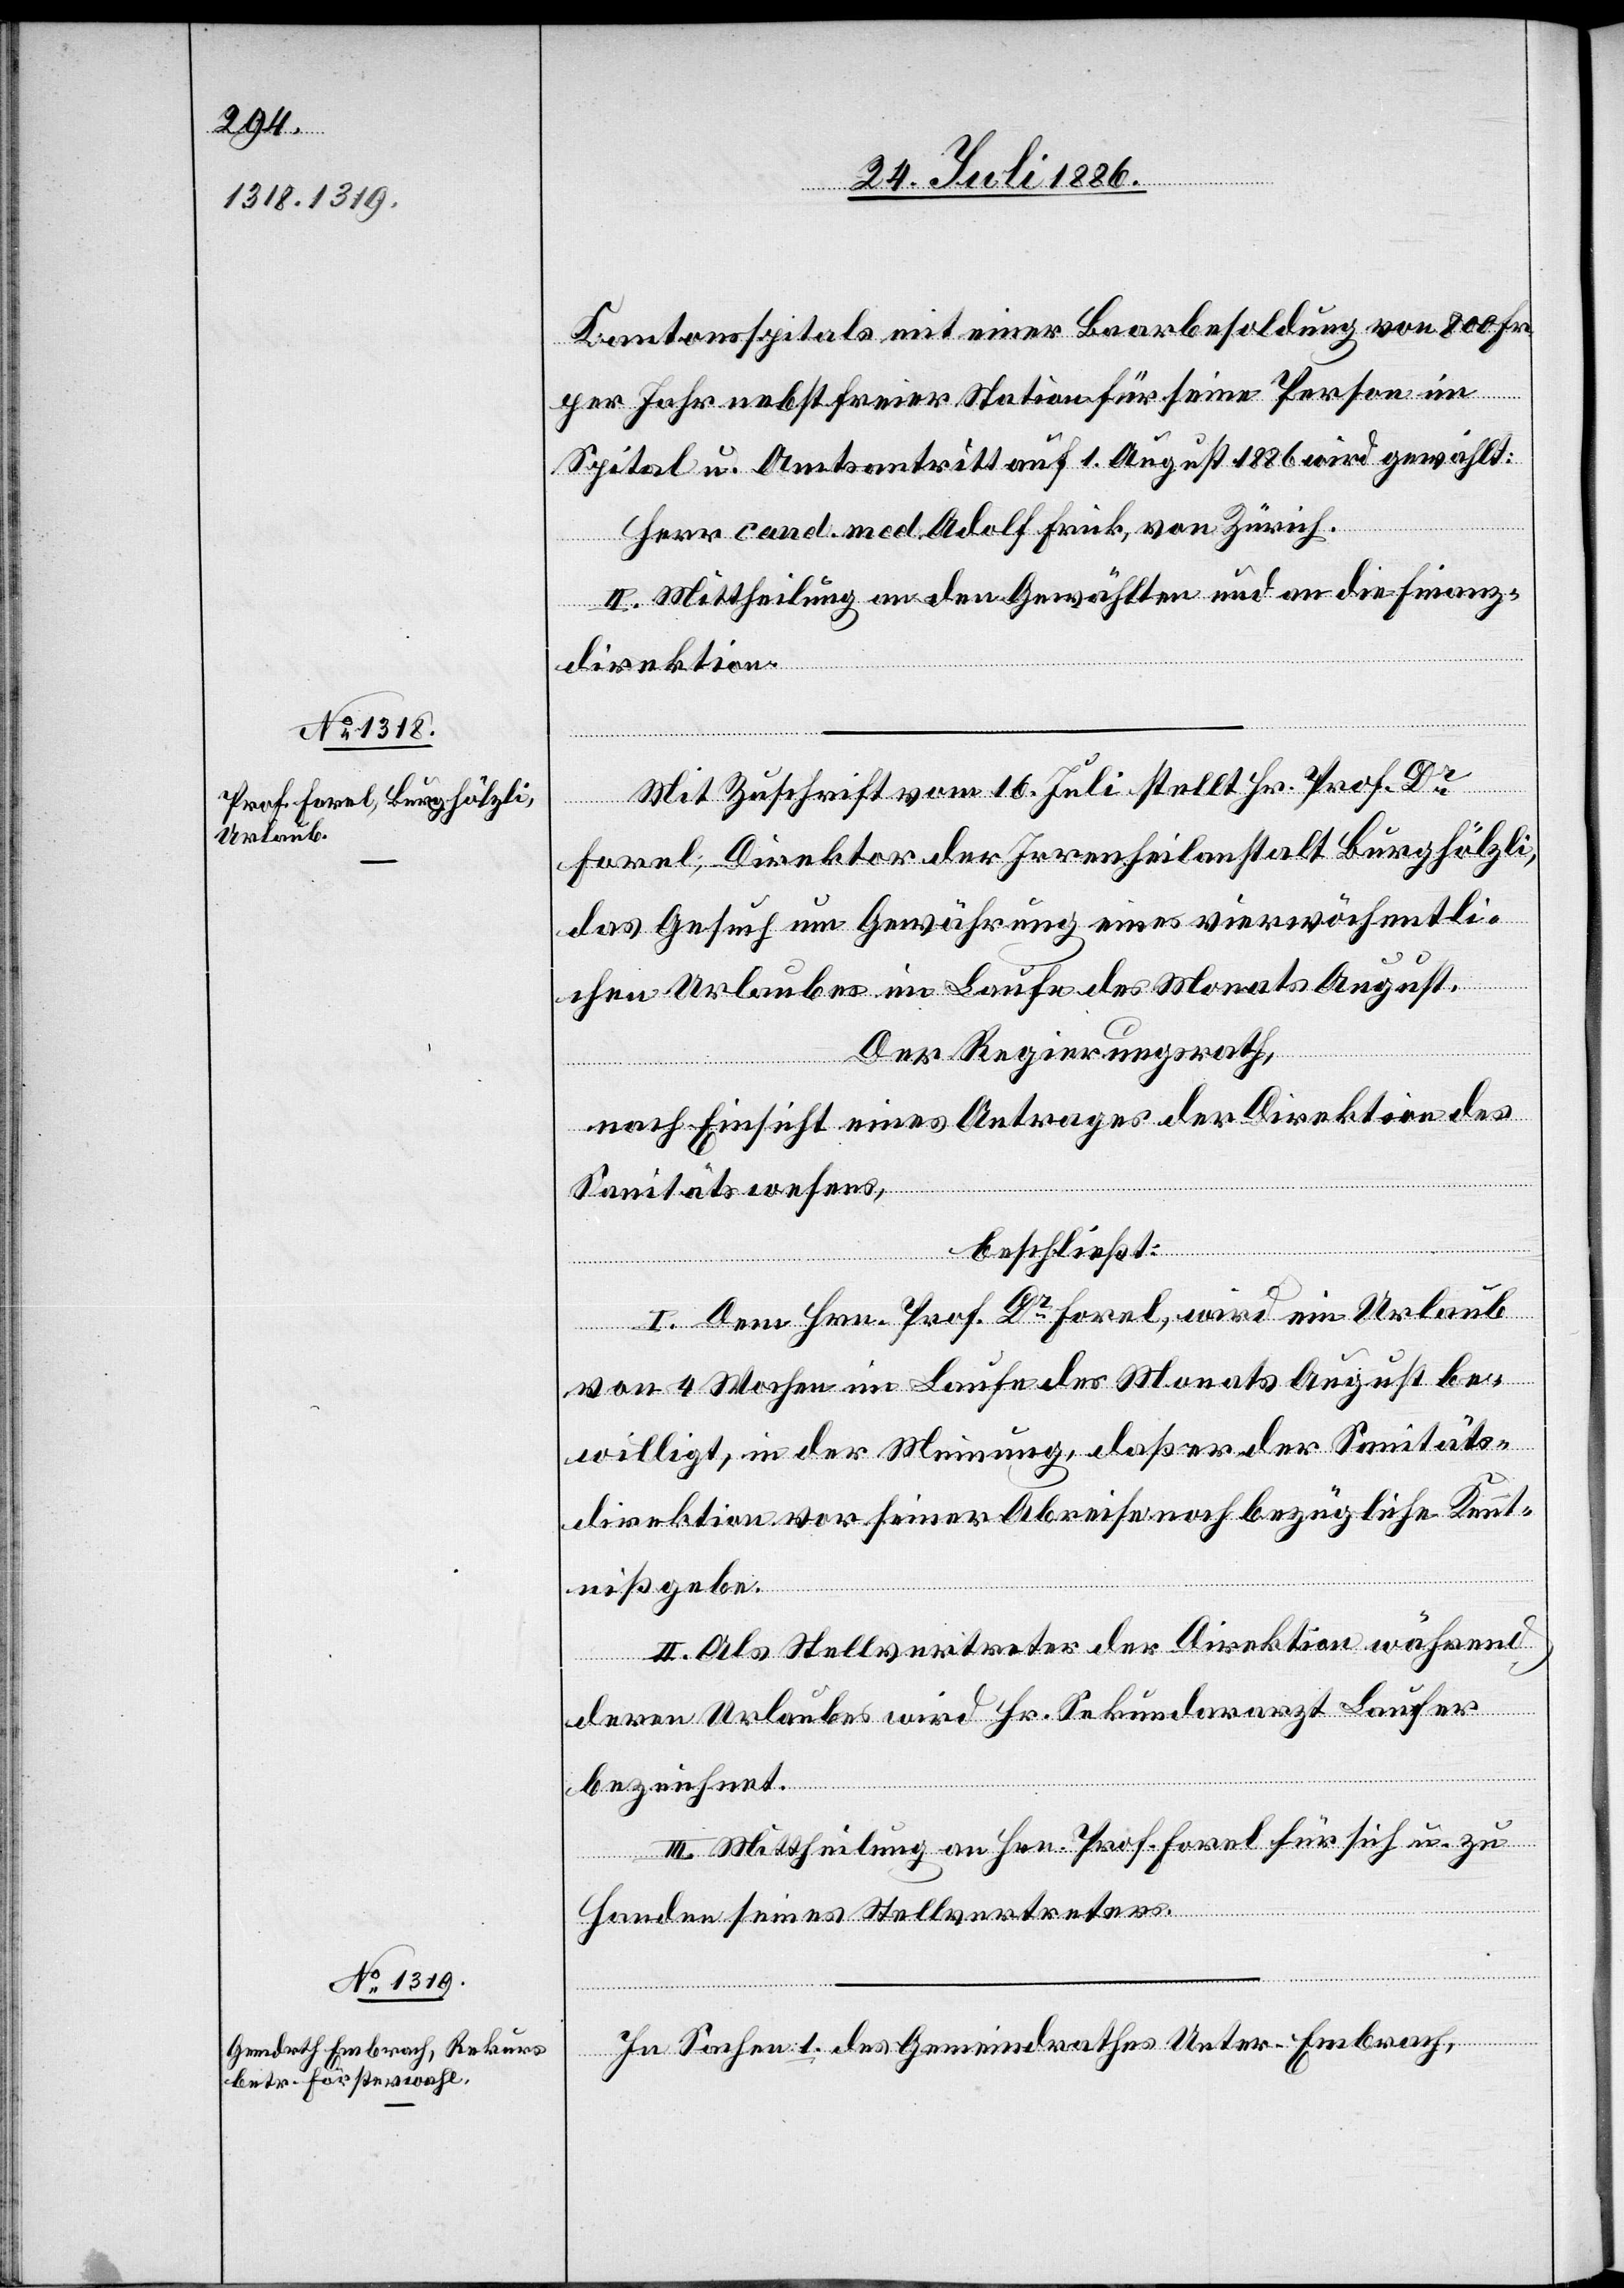
Kantonsspitals mit einer Baarbesoldung von 800 Fr.
per Jahr nebst freier Station für seine Person im
Spital u. Amtsantritt auf 1. August 1886 wird gewählt:
Herr cand. med. Adolf Frick, von Zürich.
II. Mittheilung an den Gewählten und an die Finanz¬
direktion.
Mit Zuschrift vom 16. Juli stellt Hr. Prof. Dr
Forel, Direktor der Irrenheilanstalt Burghölzli,
das Gesuch um Gewährung eines vierwöchentli¬
chen Urlaubes im Laufe des Monats August.
Der Regierungsrath,
nach Einsicht eines Antrages der Direktion des
Sanitätswesens,
beschließt:
I. Dem Hrn. Prof. Dr Forel, wird ein Urlaub
von 4 Wochen im Laufe des Monats August be¬
willigt, in der Meinung, daß er der Sanitäts¬
direktion vor seiner Abreise noch bezügliche Kennt¬
niß gebe.
II. Als Stellvertreter der Direktion während
deren Urlaubes wird Hr. Sekundararzt Laufer
bezeichnet.
III. Mittheilung an Hrn. Prof. Forel für sich u. zu
Handen seines Stellvertreters.
In Sachen: 1. des Gemeindrathes Unter-Embrach,